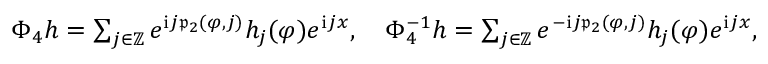
\begin{array} { r } { \Phi _ { 4 } h = \sum _ { j \in \mathbb { Z } } e ^ { \mathrm { i } j \mathfrak { p } _ { 2 } ( \varphi , j ) } h _ { j } ( \varphi ) e ^ { \mathrm { i } j x } , \quad \Phi _ { 4 } ^ { - 1 } h = \sum _ { j \in \mathbb { Z } } e ^ { - \mathrm { i } j \mathfrak { p } _ { 2 } ( \varphi , j ) } h _ { j } ( \varphi ) e ^ { \mathrm { i } j x } , } \end{array}